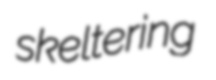
skeltering